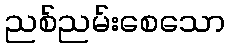
ညစ်ညမ်းစေသော